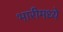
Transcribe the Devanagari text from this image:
भारीमध्ये